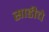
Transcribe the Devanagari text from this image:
साडीचे